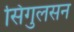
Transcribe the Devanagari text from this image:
सिगुलसन